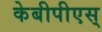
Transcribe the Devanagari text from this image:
केबीपीएस्‌